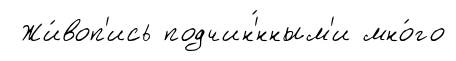
Жи́воп'ись подчин'́нным'и мно́го